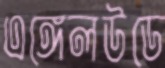
এঙ্গেলউডে